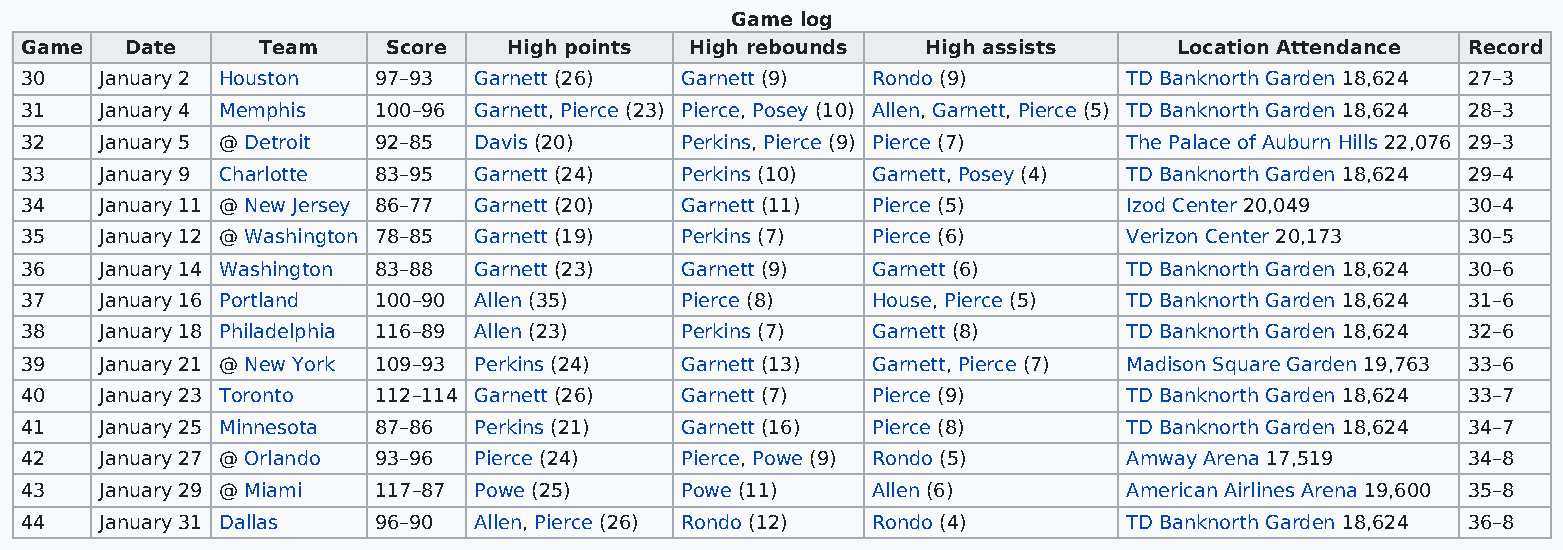
Game log
 Game   Date     Team     Score   High points High rebounds  High assists     Location Attendance Record
 30    January 2 Houston 97–93 Garnett (26)  Garnett (9)  Rondo (9)        TD Banknorth Garden 18,624 27–3
 31    January 4 Memphis 100–96 Garnett, Pierce (23) Pierce, Posey (10) Allen, Garnett, Pierce (5) TD Banknorth Garden 18,624 28–3
 32    January 5 @ Detroit 92–85 Davis (20)  Perkins, Pierce (9) Pierce (7) The Palace of Auburn Hills 22,076 29–3
 33    January 9 Charlotte 83–95 Garnett (24) Perkins (10) Garnett, Posey (4) TD Banknorth Garden 18,624 29–4
 34    January 11 @ New Jersey 86–77 Garnett (20) Garnett (11) Pierce (5)  Izod Center 20,049    30–4
 35    January 12 @ Washington 78–85 Garnett (19) Perkins (7) Pierce (6)   Verizon Center 20,173 30–5
 36    January 14 Washington 83–88 Garnett (23) Garnett (9) Garnett (6)    TD Banknorth Garden 18,624 30–6
 37    January 16 Portland 100–90 Allen (35) Pierce (8)   House, Pierce (5) TD Banknorth Garden 18,624 31–6
 38    January 18 Philadelphia 116–89 Allen (23) Perkins (7) Garnett (8)   TD Banknorth Garden 18,624 32–6
 39    January 21 @ New York 109–93 Perkins (24) Garnett (13) Garnett, Pierce (7) Madison Square Garden 19,763 33–6
 40    January 23 Toronto 112–114 Garnett (26) Garnett (7) Pierce (9)      TD Banknorth Garden 18,624 33–7
 41    January 25 Minnesota 87–86 Perkins (21) Garnett (16) Pierce (8)     TD Banknorth Garden 18,624 34–7
 42    January 27 @ Orlando 93–96 Pierce (24) Pierce, Powe (9) Rondo (5)   Amway Arena 17,519    34–8
 43    January 29 @ Miami 117–87 Powe (25)   Powe (11)    Allen (6)        American Airlines Arena 19,600 35–8
 44    January 31 Dallas 96–90 Allen, Pierce (26) Rondo (12) Rondo (4)     TD Banknorth Garden 18,624 36–8